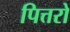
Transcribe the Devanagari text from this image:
पित्तरो